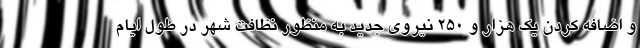
و اضافه کردن یک هزار و 250 نیروی جدید به منظور نظافت شهر در طول ایام